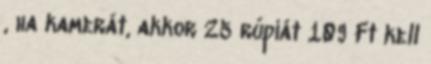
, ha kamerát, akkor 25 rúpiát 109 Ft kell